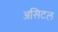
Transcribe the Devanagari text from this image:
असिटल